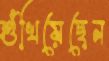
শুঁখিয়েছেন